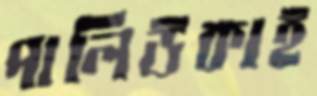
পালিউকাই